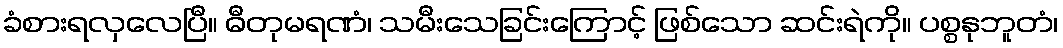
ခံစားရလှလေပြီ။ ဓီတုမရဏံ၊ သမီးသေခြင်းကြောင့် ဖြစ်သော ဆင်းရဲကို။ ပစ္စနုဘူတံ၊